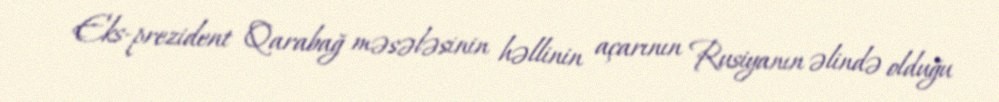
Eks-prezident Qarabağ məsələsinin həllinin açarının Rusiyanın əlində olduğu